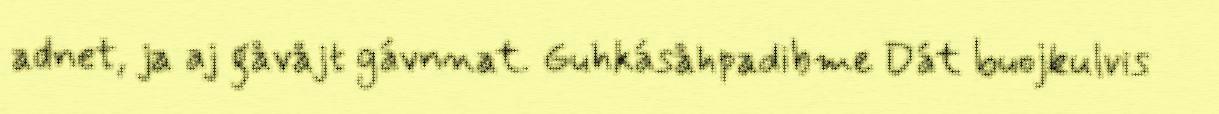
adnet, ja aj gåvåjt gávnnat. Guhkásåhpadibme Dát buojkulvis